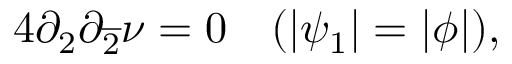
4 \partial _ { 2 } \partial _ { \overline { { { 2 } } } } \nu = 0 ~ ~ ~ ( | \psi _ { 1 } | = | \phi | ) ,